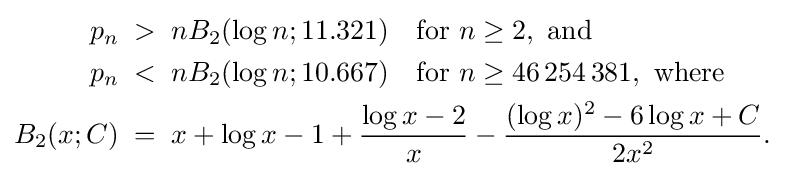
{\begin{aligned}p_{n}\;&>\;nB_{2}(\log n;11.321)\quad {\text{for }}n\geq 2,{\text{ and }}\\p_{n}\;&<\;nB_{2}(\log n;10.667)\quad {\text{for }}n\geq 46\,254\,381,{\text{ where}}\\B_{2}(x;C)\;&=\;x+\log x-1+{\frac {\log x-2}{x}}-{\frac {(\log x)^{2}-6\log x+C}{2x^{2}}}.\end{aligned}}